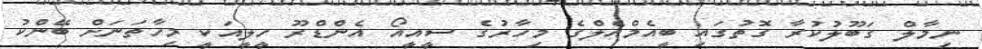
ނިމާލް ގަބޫލުކުރާ ގޮތުގައި ބީއެމްއެލްގެ މިހާރުގެ ސީއީއޯ އެންޑްރޫ ހީލީއަކީ މިހާތަނަށް ބޭންކު